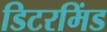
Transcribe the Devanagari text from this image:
डिटरमिंड